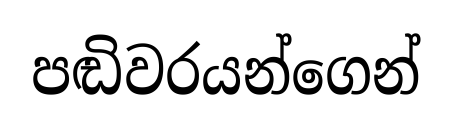
පඬිවරයන්ගෙන්